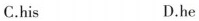
C.his D.he